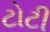
ટોટી